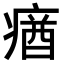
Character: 𤸈